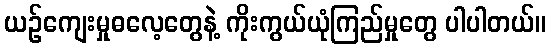
ယဉ်ကျေးမှုဓလေ့တွေနဲ့ ကိုးကွယ်ယုံကြည်မှုတွေ ပါပါတယ်။